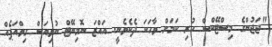
"ޖަޖުންގެ މިސްޓޭކްސް ހުރި ކަމަށް ވާހަކަ ދެކެވެނީ. އައްޒަ ނޮމިނޭޓް ނުވިއަސް ގިވްއަޕެއް